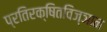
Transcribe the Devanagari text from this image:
प्रतिरक्षितविज्ञान